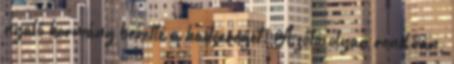
nyaló kormány bevette a hadsereget. Azóta olyan rend van,